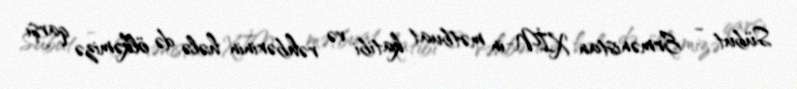
Sübut - Ermənistan XİN-in mətbuat katibi və rəhbərinin hələ də ölkəmizə qarşı